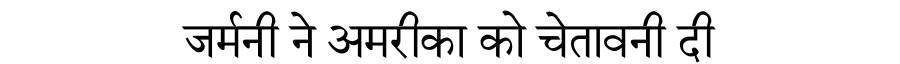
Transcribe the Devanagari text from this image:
जर्मनी ने अमरीका को चेतावनी दी